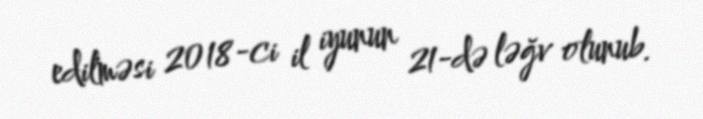
edilməsi 2018-ci il iyunun 21-də ləğv olunub.